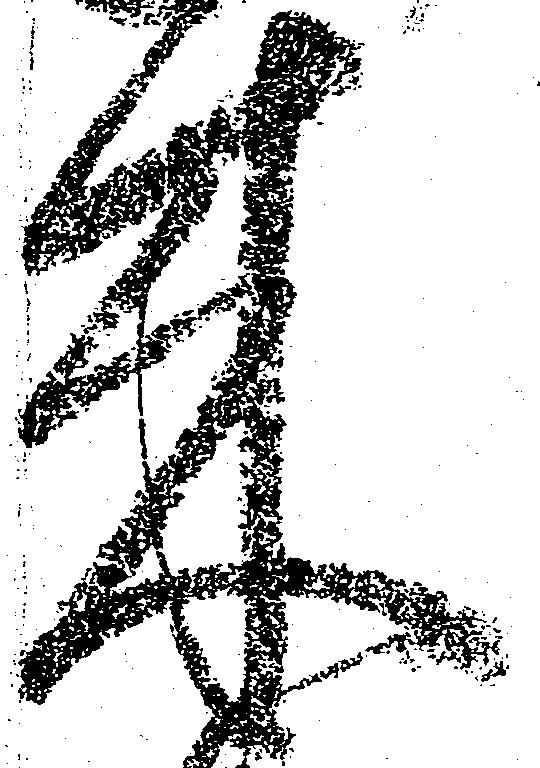
来